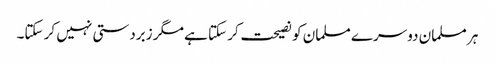
ہر مسلمان دوسرے مسلمان کو نصیحت کر سکتا ہے مگر زبردستی نہیں کر سکتا۔